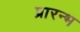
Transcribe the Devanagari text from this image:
प्रारन्भ